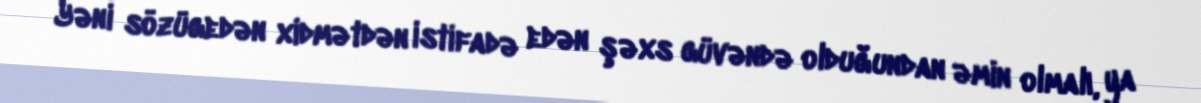
Yəni sözügedən xidmətdən istifadə edən şəxs güvəndə olduğundan əmin olmalı, ya